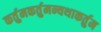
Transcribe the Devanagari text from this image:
कर्तुमकर्तुमन्यथाकर्तुम